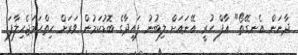
ދާނަން އެނގޭތޯ" ޢާފް ހުރީ އޭނައަށް ލިބުނު ފައިދާގެ ބޮޑުކަމުން ވަރަށް ހިތްހަމަޖެހިލާފަ